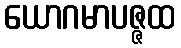
ယောဂမာပဇ္ဇထ